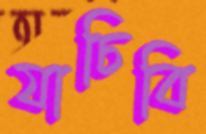
যাচিবি